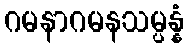
ဂမနာဂမနသမ္ပန္နံ